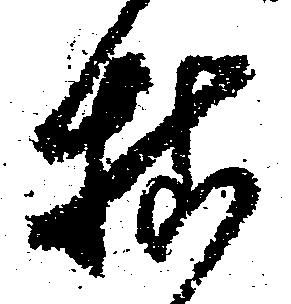
様